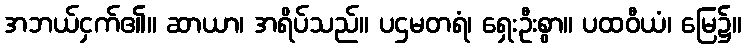
အဘယ်ငှက်၏။ ဆာယာ၊ အရိပ်သည်။ ပဌမတရံ၊ ရှေးဦးစွာ။ ပထဝီယံ၊ မြေ၌။